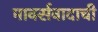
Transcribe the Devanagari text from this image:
मार्क्सवादाची